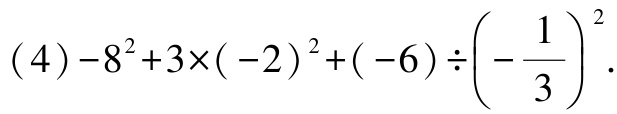
本资料由【公众号:人生前三十】搜集整理，仅供学习预览；关注公众号获取更多资料。